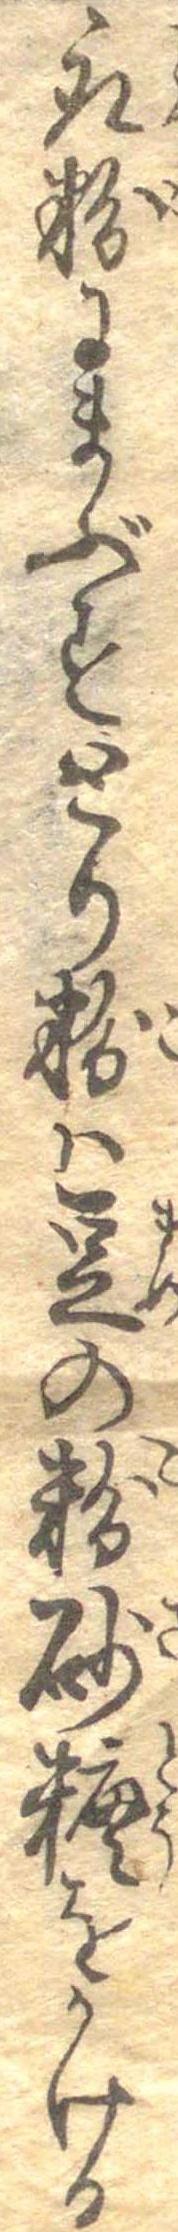
取粉にまぶすとり粉は豆の粉砂糖をかける